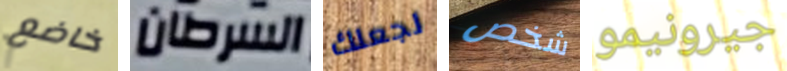
خاضع السرطان لجعلك شخص جيرونيمو